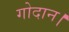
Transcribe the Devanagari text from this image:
गोदान।